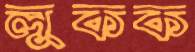
লুকক